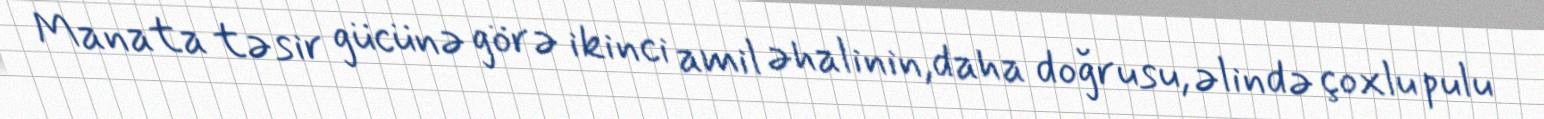
Manata təsir gücünə görə ikinci amil əhalinin,daha doğrusu, əlində çoxlu pulu